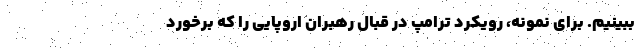
ببینیم. برای نمونه، رویکرد ترامپ در قبال رهبران اروپایی را که برخورد